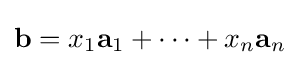
\mathbf {b} =x_{1}\mathbf {a} _{1}+\dots +x_{n}\mathbf {a} _{n}